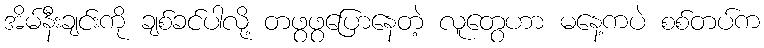
အိမ်နီးချင်းကို ချစ်ခင်ပါလို့ တဖွဖွပြောနေတဲ့ လူတွေဟာ မနေ့ကပဲ စစ်တပ်က